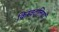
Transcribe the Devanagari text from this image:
किम्वदंतियाँ